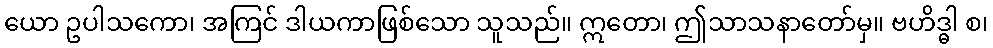
ယော ဥပါသကော၊ အကြင် ဒါယကာဖြစ်သော သူသည်။ ဣတော၊ ဤသာသနာတော်မှ။ ဗဟိဒ္ဓါ စ၊